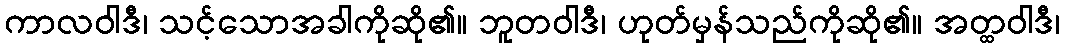
ကာလဝါဒီ၊ သင့်သောအခါကိုဆို၏။ ဘူတဝါဒီ၊ ဟုတ်မှန်သည်ကိုဆို၏။ အတ္ထဝါဒီ၊